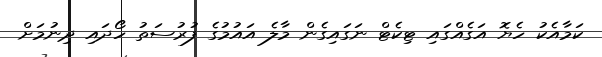
ކަމާއެކު ހެޔޮ އަގެއްގައި ޓިކެޓް ނަގައިގެން މާލެ އައުމުގެ ފުރުސަތު ހޯދައި ދިނުމަށް